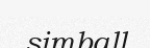
simball